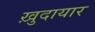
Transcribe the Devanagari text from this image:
ख़ुदायार